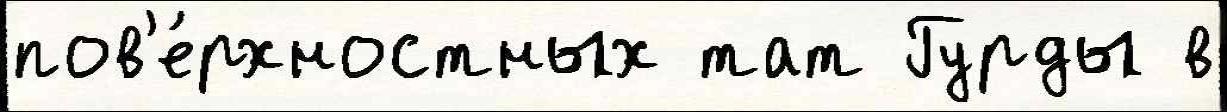
пов'е́рхностных тат Гурды в